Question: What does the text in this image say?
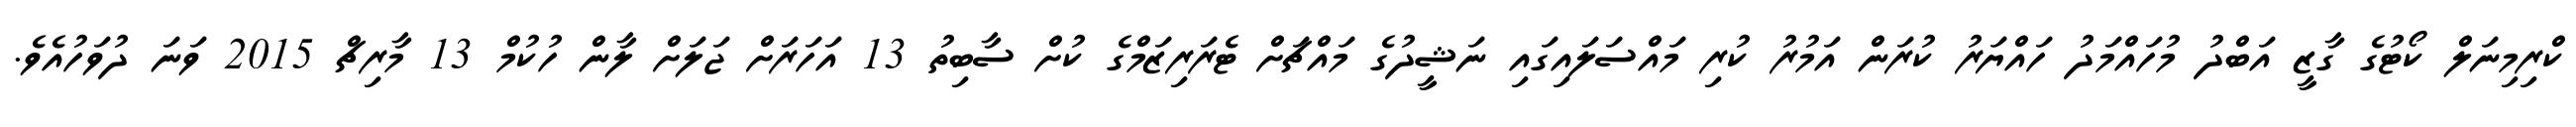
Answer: ކްރިމިނަލް ކޯޓުގެ ގާޒީ އަބްދު މުހައްމަދު ހައްޔަރު ކުރަން އަމުރު ކުރި މައްސަލައިގައި ނަޝީދުގެ މައްޗަށް ޓެރަރިޒަމްގެ ކުށް ސާބިތު 13 އަހަރަށް ޖަލަށް ލާން ހުކުމް 13 މާރިޗް 2015 ވަނަ ދުވަހުއެވެ.